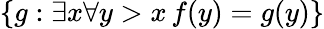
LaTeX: \{ g:\exists x\forall y>x\, f(y)=g(y)\}